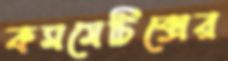
কসমেটিক্সের